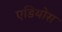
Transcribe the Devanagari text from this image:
एडियोस